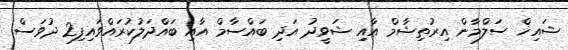
ޝައިޚް ސަލްމާން އިރުތިޝާމް އާއި ޝަވީދު އަދި ބައްސާމް އާއި ބައްދަލުކުރައްވައިފި2 ދުވަސް